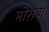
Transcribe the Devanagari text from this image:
मोरांबा